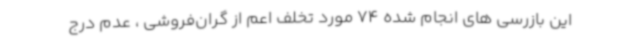
این بازرسی های انجام شده 74 مورد تخلف اعم از گران‌فروشی ، عدم درج